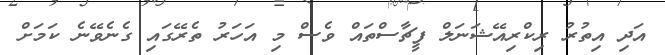
އަދި އިތުރު ރިކްރިއޭޝަނަލް ފީޗާސްތައް ވެސް މި އަހަރު ތެރޭގައި ގެނެވޭނެ ކަމަށް